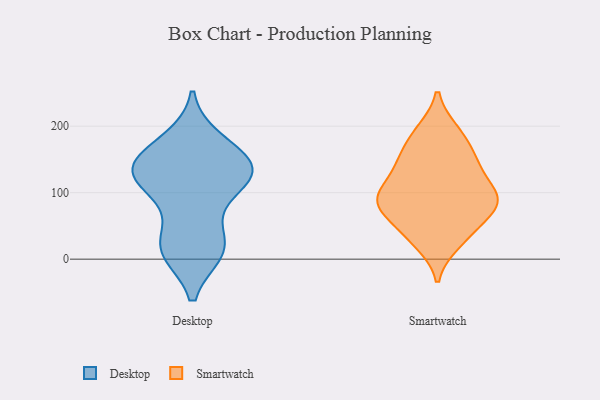
{"axis": {"x": "Headcount", "y": "Value"}, "legend": ["Desktop", "Smartwatch"], "data": [{"x": "", "y": 120, "type": "Desktop"}, {"x": "", "y": 179, "type": "Desktop"}, {"x": "", "y": 150, "type": "Desktop"}, {"x": "", "y": 14, "type": "Desktop"}, {"x": "", "y": 118, "type": "Desktop"}, {"x": "", "y": 174, "type": "Desktop"}, {"x": "", "y": 128, "type": "Desktop"}, {"x": "", "y": 144, "type": "Desktop"}, {"x": "", "y": 15, "type": "Desktop"}, {"x": "", "y": 11, "type": "Desktop"}, {"x": "", "y": 131, "type": "Desktop"}, {"x": "", "y": 134, "type": "Desktop"}, {"x": "", "y": 91, "type": "Desktop"}, {"x": "", "y": 45, "type": "Desktop"}, {"x": "", "y": 13, "type": "Desktop"}, {"x": "", "y": 132, "type": "Desktop"}, {"x": "", "y": 139, "type": "Smartwatch"}, {"x": "", "y": 36, "type": "Smartwatch"}, {"x": "", "y": 89, "type": "Smartwatch"}, {"x": "", "y": 25, "type": "Smartwatch"}, {"x": "", "y": 72, "type": "Smartwatch"}, {"x": "", "y": 84, "type": "Smartwatch"}, {"x": "", "y": 192, "type": "Smartwatch"}, {"x": "", "y": 39, "type": "Smartwatch"}, {"x": "", "y": 78, "type": "Smartwatch"}, {"x": "", "y": 145, "type": "Smartwatch"}, {"x": "", "y": 142, "type": "Smartwatch"}, {"x": "", "y": 111, "type": "Smartwatch"}, {"x": "", "y": 190, "type": "Smartwatch"}, {"x": "", "y": 165, "type": "Smartwatch"}, {"x": "", "y": 81, "type": "Smartwatch"}, {"x": "", "y": 97, "type": "Smartwatch"}, {"x": "", "y": 96, "type": "Smartwatch"}]}